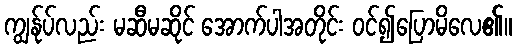
ကျွန်ုပ်လည်း မဆီမဆိုင် အောက်ပါအတိုင်း ဝင်၍ပြောမိလေ၏။